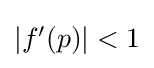
{\textstyle |f'(p)|<1}